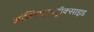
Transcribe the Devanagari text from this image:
ऑक्सिहायड्रॉक्साइड